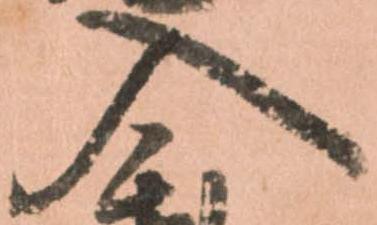
入